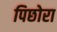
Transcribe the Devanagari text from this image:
पिछोरा